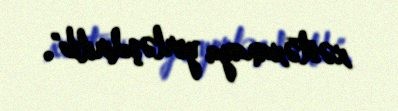
xəstəxanaya yerləşdirilib".